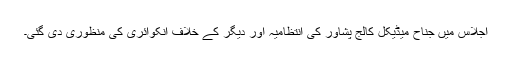
اجلاس میں جناح میڈیکل کالج پشاور کی انتظامیہ اور دیگر کے خلاف انکوائری کی منظوری دی گئی۔